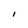
Character: i